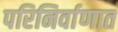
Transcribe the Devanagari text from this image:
परिनिर्वाणात